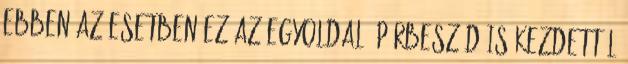
ebben az esetben ez az egyoldalú párbeszéd is kezdettől